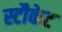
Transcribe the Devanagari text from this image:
स्टौकेट